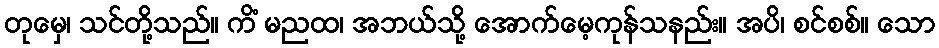
တုမှေ၊ သင်တို့သည်။ ကိံ မညထ၊ အဘယ်သို့ အောက်မေ့ကုန်သနည်း။ အပိ၊ စင်စစ်။ သော